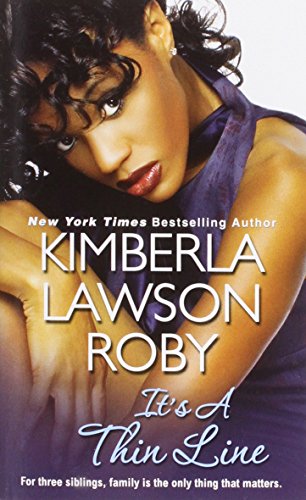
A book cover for It's A Thin Line; Kimberla Lawson Roby; Literature & Fiction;